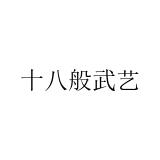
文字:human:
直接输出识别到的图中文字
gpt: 十八般武艺